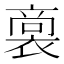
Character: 𮖟